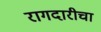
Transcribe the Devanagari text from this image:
रागदारीचा